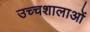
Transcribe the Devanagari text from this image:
उच्चशालाओं